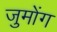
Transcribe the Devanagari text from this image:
जुमोंग